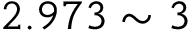
2 . 9 7 3 \sim 3